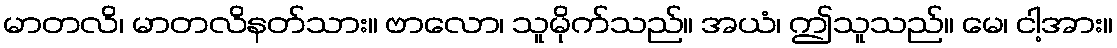
မာတလိ၊ မာတလိနတ်သား။ ဗာလော၊ သူမိုက်သည်။ အယံ၊ ဤသူသည်။ မေ၊ ငါ့အား။